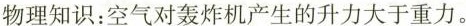
物理知识：空气对轰炸机产生的升力大于重力。